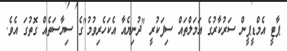
ޕާޓީ އެމްޑީޕީން ސަރުކާރުގެ އަމަލްތައް ސިފަކުރީ "ދުނިޔެއާ އެކަހެރިވުމު"ގެ ސިޔާސަތެއް ގޮތުގަ އެވެ.